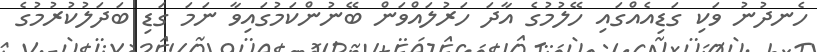
ހެނދުނު ވަކި ގަޑިއެއްގައި ހޭލުމުގެ އާދަ ހަރުލައްވަން ބޭނުންކަމުގައިވާ ނަމަ ގަޑި ބަދަލުކުރުމުގެ